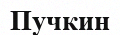
Пучкин